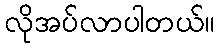
လိုအပ်လာပါတယ်။